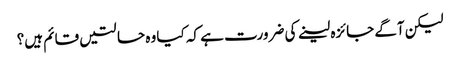
لیکن آگے جائزہ لینے کی ضرورت ہے کہ کیا وہ حالتیں قائم ہیں؟